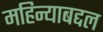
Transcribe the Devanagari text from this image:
महिन्याबद्दल